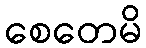
စေတေမိ